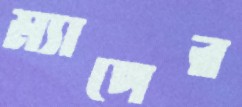
ম্যাপের